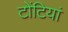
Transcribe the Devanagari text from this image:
टोंटियां